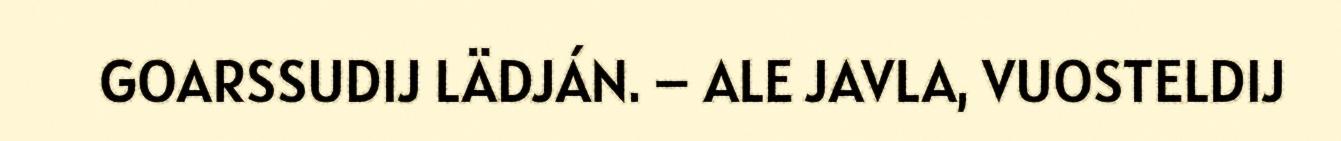
GOARSSUDIJ LÄDJÁN. – ALE JAVLA, VUOSTELDIJ